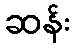
ဆန်း